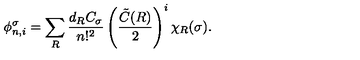
\phi _ { n , i } ^ { \sigma } = \sum _ { R } \frac { d _ { R } C _ { \sigma } } { n ! ^ { 2 } } \left( \frac { \tilde { C } ( R ) } { 2 } \right) ^ { i } \chi _ { R } ( \sigma ) .